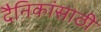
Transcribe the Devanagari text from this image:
दैनिकांसाठी